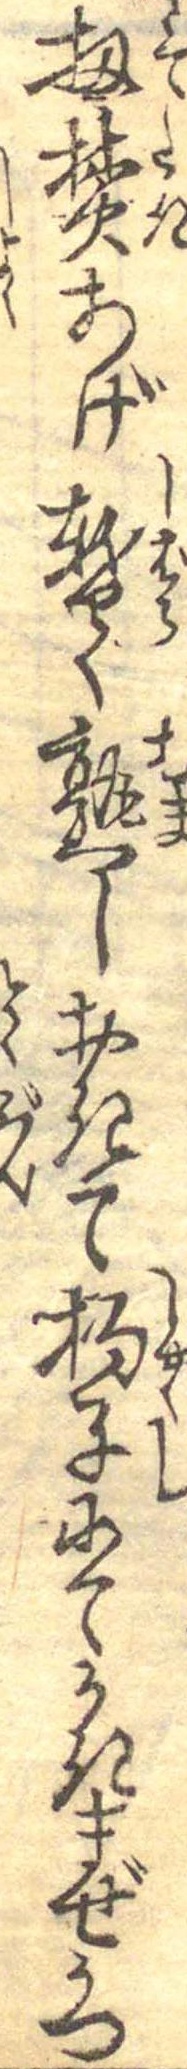
扨焚あげ暫く熟しおきて杓子にてかきまぜうつ